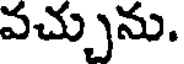
వచ్చును.